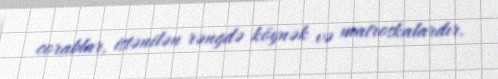
corablar, istənilən rəngdə köynək və matroskalardır.